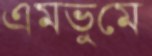
এমভুমে